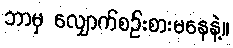
ဘာမှ လျှောက်စဉ်းစားမနေနဲ့။